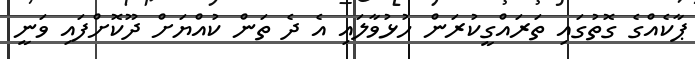
ޕާކެއްގެ ގޮތުގައި ތަރައްގީކުރަން ހުޅުވާލައި އެ ދެ ތަން ކުއްޔަށް ދޫކޮށްފައި ވަނީ